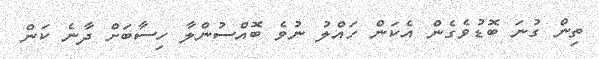
ތިން ގުނަ ބޮޑުވެގެން އެކަން ހައްލު ނުވެ ބޮއްސުންލާ ހިސާބަށް ދާނެ ކަން